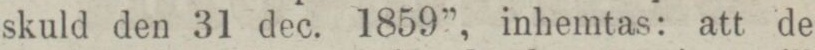
skuld den 31 dec. 1859”, inhemtas: att de